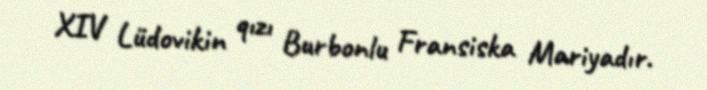
XIV Lüdovikin qızı Burbonlu Fransiska Mariyadır.